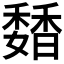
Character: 𩡊